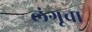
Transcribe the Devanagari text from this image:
लंगूचा